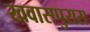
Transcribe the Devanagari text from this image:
खवासपुरास